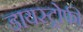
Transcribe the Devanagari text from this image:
डायस्ट्रोफी